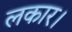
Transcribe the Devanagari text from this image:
लकार।